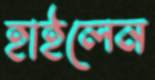
হাইলেন